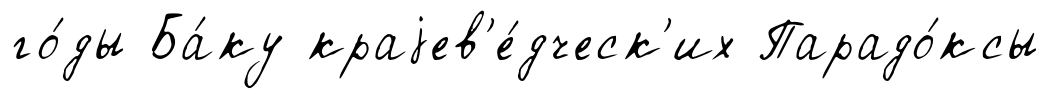
го́ды Ба́ку краjев'е́дческ'их Парадо́ксы